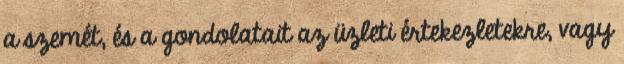
a szemét, és a gondolatait az üzleti értekezletekre, vagy